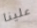
علينا